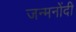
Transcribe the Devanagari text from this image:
जन्मनोंदी